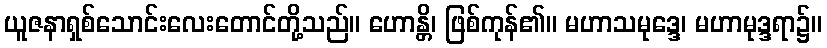
ယူဇနာရှစ်သောင်းလေးတောင်တို့သည်။ ဟောန္တိ၊ ဖြစ်ကုန်၏။ မဟာသမုဒ္ဒေ၊ မဟာမုဒ္ဒရာ၌။